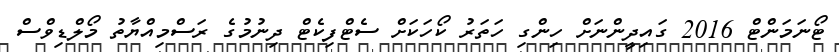
ޓޯނަމަންޓް 2016 ގައިދީންނަށް ހިންގި ހަތަރު ކޯހަކަށް ސެޓްފިކެޓް ދިނުމުގެ ރަސްމިއްޔާތު މޯލްޑިވްސް